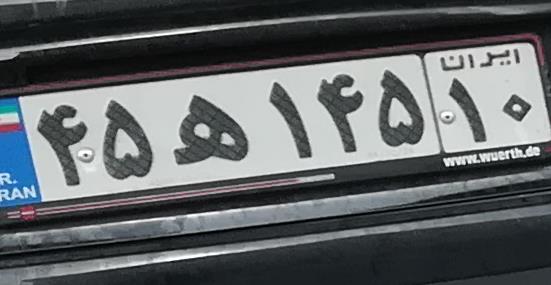
۴۵ه۱۴۵۱۰